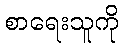
စာရေးသူကို